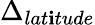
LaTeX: \Delta_{lat\mathbf{i}tude}